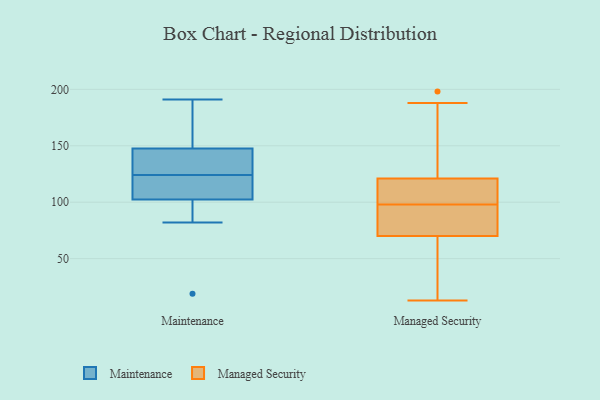
{"axis": {"x": "Budget (USD K)", "y": "Value"}, "legend": ["Maintenance", "Managed Security"], "data": [{"x": "", "y": 161, "type": "Maintenance"}, {"x": "", "y": 102, "type": "Maintenance"}, {"x": "", "y": 19, "type": "Maintenance"}, {"x": "", "y": 120, "type": "Maintenance"}, {"x": "", "y": 103, "type": "Maintenance"}, {"x": "", "y": 82, "type": "Maintenance"}, {"x": "", "y": 142, "type": "Maintenance"}, {"x": "", "y": 118, "type": "Maintenance"}, {"x": "", "y": 128, "type": "Maintenance"}, {"x": "", "y": 147, "type": "Maintenance"}, {"x": "", "y": 102, "type": "Maintenance"}, {"x": "", "y": 106, "type": "Maintenance"}, {"x": "", "y": 159, "type": "Maintenance"}, {"x": "", "y": 142, "type": "Maintenance"}, {"x": "", "y": 191, "type": "Maintenance"}, {"x": "", "y": 148, "type": "Maintenance"}, {"x": "", "y": 188, "type": "Managed Security"}, {"x": "", "y": 99, "type": "Managed Security"}, {"x": "", "y": 70, "type": "Managed Security"}, {"x": "", "y": 64, "type": "Managed Security"}, {"x": "", "y": 119, "type": "Managed Security"}, {"x": "", "y": 94, "type": "Managed Security"}, {"x": "", "y": 97, "type": "Managed Security"}, {"x": "", "y": 198, "type": "Managed Security"}, {"x": "", "y": 13, "type": "Managed Security"}, {"x": "", "y": 121, "type": "Managed Security"}]}